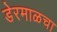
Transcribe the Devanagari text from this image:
डेरमाळचा